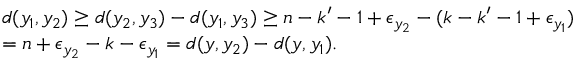
\begin{array} { r l } & { d ( y _ { 1 } , y _ { 2 } ) \geq d ( y _ { 2 } , y _ { 3 } ) - d ( y _ { 1 } , y _ { 3 } ) \geq n - k ^ { \prime } - 1 + \epsilon _ { y _ { 2 } } - ( k - k ^ { \prime } - 1 + \epsilon _ { y _ { 1 } } ) } \\ & { = n + \epsilon _ { y _ { 2 } } - k - \epsilon _ { y _ { 1 } } = d ( y , y _ { 2 } ) - d ( y , y _ { 1 } ) . } \end{array}